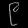
Digit: ၉